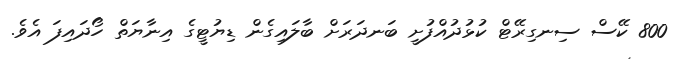
800 ކޭސް ސިނގިރޭޓް ކުޅުދުއްފުށީ ބަނދަރަށް ބާލައިގެން ޑިޔުޓީގެ އިނާޔަތް ހޯދައިފަ އެވެ.